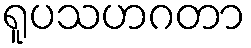
ရူပသဟဂတာ